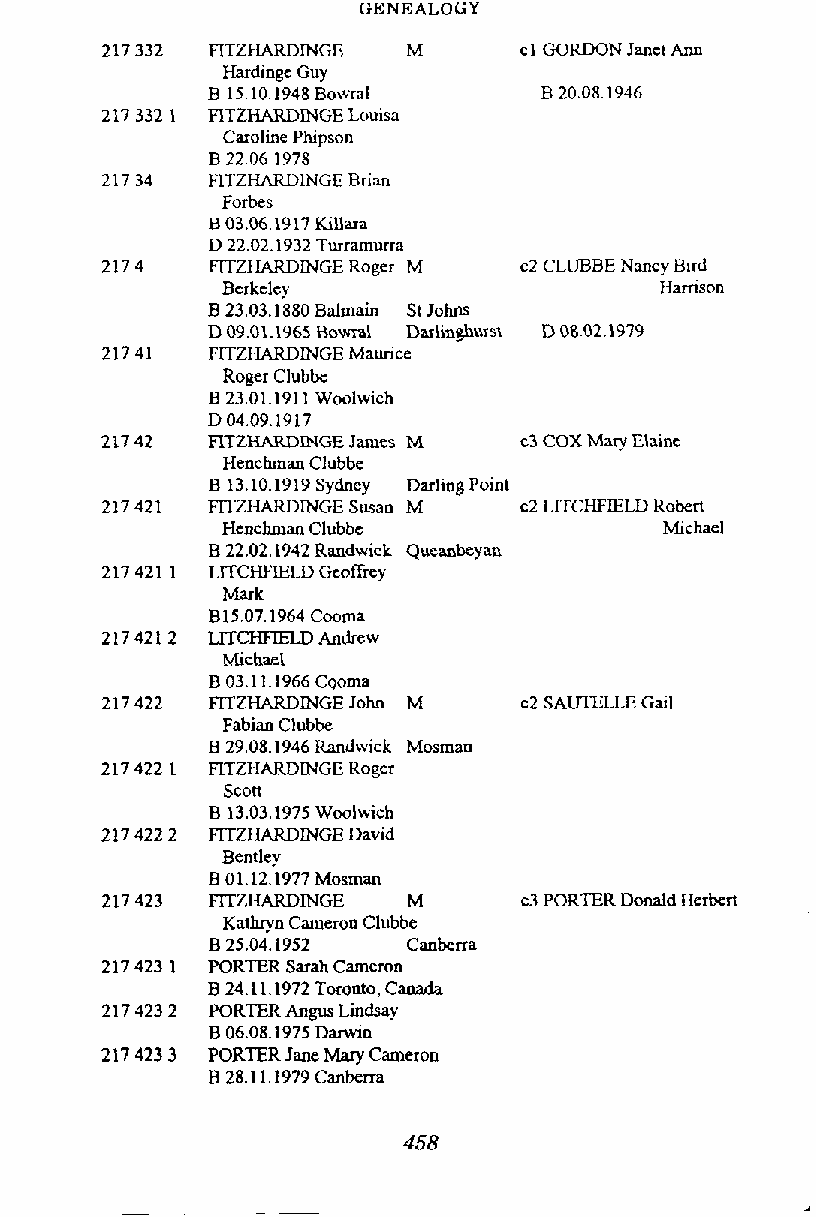
GENEALOGY
 RTZHAKDINGE  M      cl GORDON Jancl Ann
 Hardinge Guy
 B 15.10.1948B owral   B 20,081946
 RTZHARDINGE Louisa
 Caroline Phipson
 B 2206,1978
 FITZHARDlNGE Brim
 Forbes
 B 03.061917 Killara
 D 2202,1932 Turramurra
 FITZHAKDINGE Roger M
 Bcrkclcy
 B 23.03.1880 Balmain St Johns
 D 09.01.1965 Bowd Darlin&wst D 0802.1979
 FITZHAKDINGE Maurice
 Roger Clubbe
 B 23.01.1911 Woolwicb
 D04.09.1917
 FITZHARDINGE James M c3 COX Mary Elaine
 Henchman Clubbe
 B 13.10.1919 Sydney Darling Point
 FlTZHARDINGE Swan M c2 LITCHFELD Robert
 Henchman Clubbc              Michael
 B 22.02.1942 Randwick Queanbeyan
 LITCHFIELD Gcoffrey
 Mark
 B15.07.1964 Cooma
 LlTCHFlELD Andrew
 Michael
 B 03.1 1.1966 Cooma
 FITZHARDINGE John M c2 SAUTELLE Gail
 Fabian Clubhe
 B 29.08.1946 Randwick Mosman
 RTZHARDINGE Rogcr
 scon
 Bentley
 B 01.12.1977 Mosman
 FITZHARDINGE M      c3 PORTER Donald Herbert
 Kathryn Cameron Clubbe
 B 25.04.1952 Canberra
 PORTER Sarah Cameron
 B 24.11.1972 Toronto, Canada
 PORTER Angus Lindsay
 B 06.08.1975 Darwin
 PORTER Jane Mary Cameron
 B 28.1 1.1979 Canberra